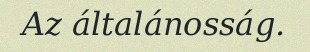
Az általánosság.